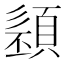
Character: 𩓭